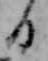
日